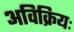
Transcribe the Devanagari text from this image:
अविक्रियः